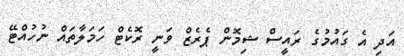
އަދި އެ ގައުމުގެ ރައީސް ޝިމޮން ޕެރެޒް ވަނީ ރޮކެޓް ހަމަލާތައް ނުހުއްޓޭ